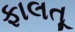
ફાલતૂ